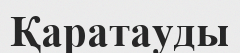
Қаратауды